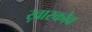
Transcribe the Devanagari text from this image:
ख़ारकोव